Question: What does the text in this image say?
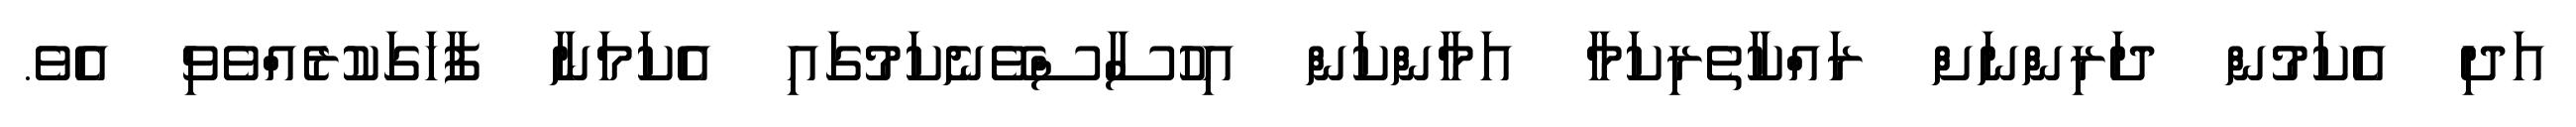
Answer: އަދި އެކަމުން ދަރިންނަށް ރައްކާތެރިކަމާ އަމާންކަން އިހުސާސްވޭނެކަމުގައި އެކަމަނާ ފާހަގަކުރެއްވެވި އެވެ.